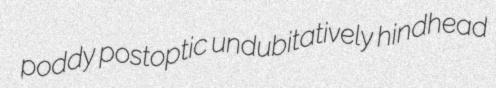
poddy postoptic undubitatively hindhead